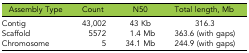
<table><thead><tr><td><b>Assembly Type</b></td><td><b>Count</b></td><td><b>N50</b></td><td><b>Total length, Mb</b></td></tr></thead><tbody><tr><td>Contig</td><td>43,002</td><td>43 Kb</td><td>316.3</td></tr><tr><td>Scaffold</td><td>5572</td><td>1.4 Mb</td><td>363.6 (with gaps)</td></tr><tr><td>Chromosome</td><td>5</td><td>34.1 Mb</td><td>244.9 (with gaps)</td></tr></tbody></table>